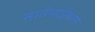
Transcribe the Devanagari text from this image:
नातेवाईकास